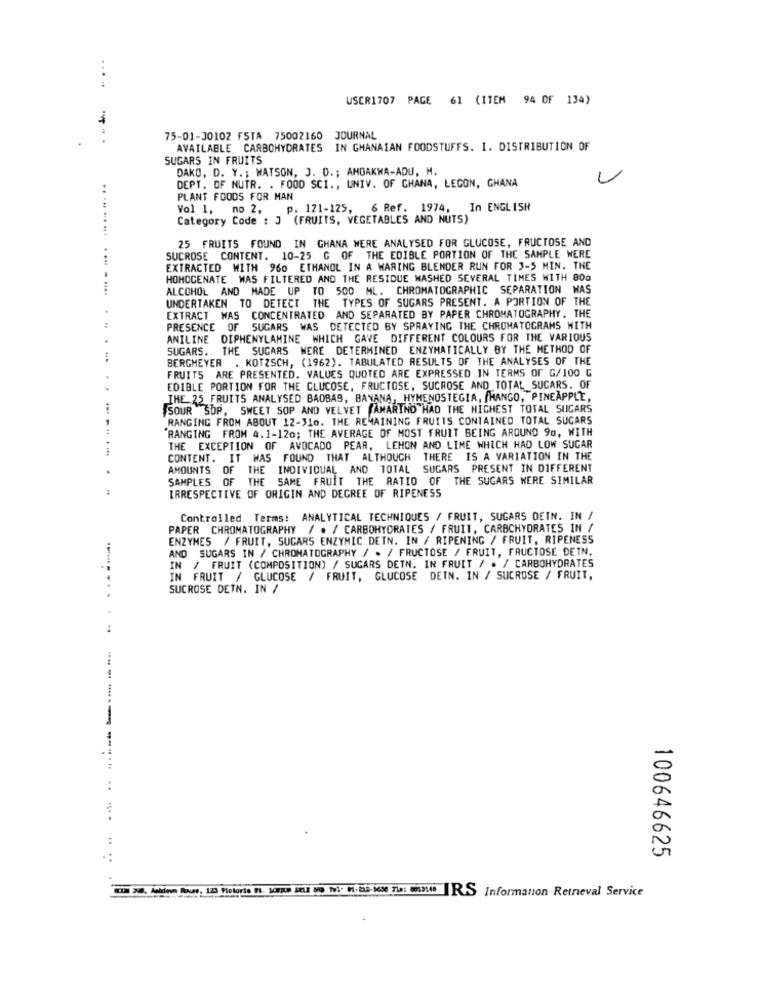
....
USER1707 PAGE 61 (ITEM 94 OF 134)
75-01-30102 FSTA 75002160 JOURNAL
AVAILABLE CARBOHYDRATES IN GHANAIAN FOODSTUFFS. I. DISTRIBUTION OF
SUGARS IN FRUITS
DAKO, D. Y. ; WATSON, J. D .; AMOAKWA-ADU, M.
L
DEPT. OF NUTR. . FOOD SCI ., UNIV. OF GHANA, LEGON, GHANA
PLANT FOODS FOR MAN
Vol 1, no 2, p. 121-125, 6 Ref. 1974,
In ENGLISH
Category Code : 3 (FRUITS, VEGETABLES AND NUTS)
25 FRUITS FOUND IN GHANA WERE ANALYSED FOR GLUCOSE, FRUCTOSE AND
SUCROSE CONTENT. 10-25 G OF THE EDIBLE PORTION OF THE SAMPLE WERE
EXTRACTED WITH 960 ETHANOL IN A WARING BLENDER RUN FOR 3-5 MIN. THE
HOMOCENATE WAS FILTERED AND THE RESIDUE WASHED SEVERAL TIMES WITH 800
.. ... ...... ... . ....
ALCOHOL AND MADE UP TO 500 ML. CHROMATOGRAPHIC SEPARATION WAS
UNDERTAKEN TO DETECT THE TYPES OF SUGARS PRESENT. A PORTION OF THE
EXTRACT WAS CONCENTRATED AND SEPARATED BY PAPER CHROMATOGRAPHY. THE
PRESENCE OF SUGARS WAS DETECTED BY SPRAYING THE CHROMATOGRAMS WITH
ANILINE DIPHENYLAMINE WHICH GAVE DIFFERENT COLOURS FOR THE VARIOUS
SUGARS. THE SUGARS WERE DETERMINED ENZYMATICALLY BY THE METHOD OF
BERGMEYER . KOTZSCH, (1962). TABULATED RESULTS OF THE ANALYSES OF THE
FRUITS ARE PRESENTED. VALUES QUOTED ARE EXPRESSED IN TERMS OF G/100 G
EDIBLE PORTION FOR THE GLUCOSE, FRUCTOSE, SUCROSE AND TOTAL_SUGARS. OF
THE 25 FRUITS ANALYSED BAOBAS, BANANA, HYMENOSTEGIA, /HANGO, PINEAPPLE,
SOUR SOP, SWEET SOP AND VELVET TAMARIND HAD THE HIGHEST TOTAL SUCARS
RANGING FROM ABOUT 12-310. THE REMAINING FRUITS CONTAINED TOTAL SUGARS
'RANGING FROM 4.1-120; THE AVERAGE OF MOST FRUIT BEING AROUND 90, WITH
THE EXCEPTION OF AVOCADO PEAR, LEHON AND LIME WHICH HAD LOW SUGAR
CONTENT. IT WAS FOUND THAT ALTHOUGH THERE IS A VARIATION IN THE
AMOUNTS OF THE INDIVIDUAL AND TOTAL SUGARS PRESENT IN DIFFERENT
SAMPLES OF THE SAME FRUIT THE RATIO OF THE SUGARS WERE SIMILAR
IRRESPECTIVE OF ORIGIN AND DEGREE OF RIPENESS
Controlled Terms: ANALYTICAL TECHNIQUES / FRUIT, SUGARS DEIN. IN /
PAPER CHROMATOGRAPHY / . / CARBOHYDRATES / FRUIT, CARBOHYDRATES IN /
ENZYMES / FRUIT, SUGARS ENZYMIC DETN. IN / RIPENING / FRUIT, RIPENESS
AND SUGARS IN / CHROMATOGRAPHY / . / FRUCTOSE / FRUIT, FRUCTOSE DETN.
IN / FRUIT (COMPOSITION) / SUGARS DETN. IN FRUIT / . / CARBOHYDRATES
IN FRUIT / GLUCOSE / FRUIT, GLUCOSE DETN. IN / SUCROSE / FRUIT,
SUCROSE DETN. IN /
-------
100646625
KEIN 38, Andlove Rosas, 123 Pletoris FI. Jorge seLE bo 191. 01.2a2-sese Tia: 8039448 RSS Information Retrieval Service